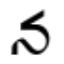
న